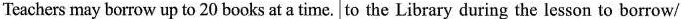
Teachers may borrow up to 20 books at a time. to the Library during the lesson to borrow/